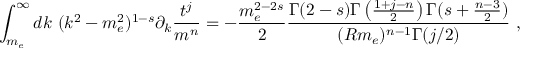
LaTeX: \int _ { m _ { e } } ^ { \infty } d k \ ( k ^ { 2 } - m _ { e } ^ { 2 } ) ^ { 1 - s } \partial _ { k } \frac { t ^ { j } } { m ^ { n } } = - \frac { m _ { e } ^ { 2 - 2 s } } { 2 } \frac { \Gamma ( 2 - s ) \Gamma \left( \frac { 1 + j - n } { 2 } \right) \Gamma ( s + \frac { n - 3 } { 2 } ) } { ( R m _ { e } ) ^ { n - 1 } \Gamma ( j / 2 ) } \ ,